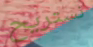
نستريح